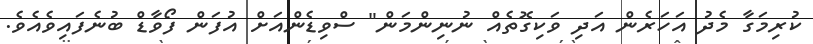
ކުރިމަގާ މެދު އަހަރެން އަދި ވަކިގޮތެއް ނުނިންމަން" ސްވިޑެންއަށް އުފަން ފޯވާޑް ބުނެފައިވެއެވެ.